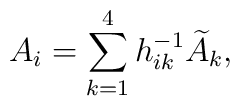
A_i = \sum_{k=1}^4 h^{-1}_{ik} \widetilde{A}_k,